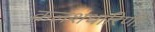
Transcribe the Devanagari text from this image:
कलशधारिणी